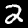
Label: 2